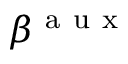
\beta ^ { \mathrm { ~ a ~ u ~ x ~ } }